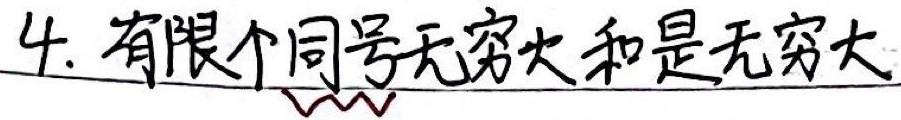
4. 有限个同号无穷大和是无穷大